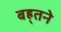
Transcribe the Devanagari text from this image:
बह्र्तने